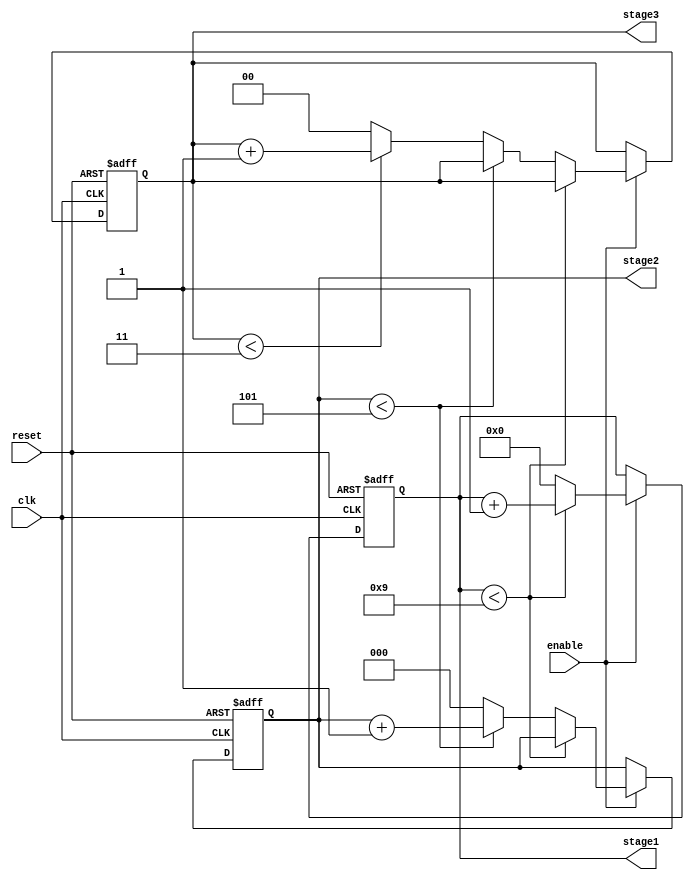
module mixed_radix_counter (
    input wire clk,          // Clock input
    input wire reset,        // Asynchronous reset
    input wire enable,       // Enable signal
    output reg [3:0] stage1, // Stage 1 output (0-9)
    output reg [2:0] stage2, // Stage 2 output (0-5)
    output reg [1:0] stage3  // Stage 3 output (0-3)
);

// Radix definitions
localparam RADIX1 = 10; // Stage 1 radix
localparam RADIX2 = 6;  // Stage 2 radix
localparam RADIX3 = 4;  // Stage 3 radix

// Always block for counter operation
always @(posedge clk or posedge reset) begin
    if (reset) begin
        // Reset all stages to zero
        stage1 <= 0;
        stage2 <= 0;
        stage3 <= 0;
    end else if (enable) begin
        // Increment the least significant stage (stage1)
        if (stage1 < RADIX1 - 1) begin
            stage1 <= stage1 + 1;
        end else begin
            stage1 <= 0; // Reset stage1
            // Increment stage2
            if (stage2 < RADIX2 - 1) begin
                stage2 <= stage2 + 1;
            end else begin
                stage2 <= 0; // Reset stage2
                // Increment stage3
                if (stage3 < RADIX3 - 1) begin
                    stage3 <= stage3 + 1;
                end else begin
                    stage3 <= 0; // Reset stage3
                end
            end
        end
    end
end

endmodule